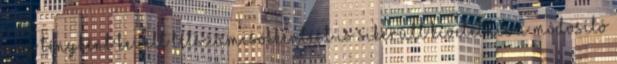
még tényként kezelt létszámcsökkentést is sikerült kivetetnie a módosító